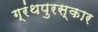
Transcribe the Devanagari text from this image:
ग्रंथपुरस्कार